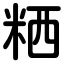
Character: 粞